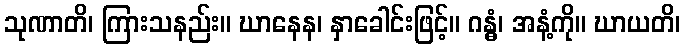
သုဏာတိ၊ ကြားသနည်း။ ဃာနေန၊ နှာခေါင်းဖြင့်။ ဂန္ဓံ၊ အနံ့ကို။ ဃာယတိ၊